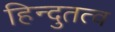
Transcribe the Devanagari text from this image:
हिन्दुतत्व